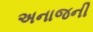
અનાજની